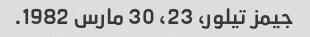
جیمز تیلور، 23، 30 مارس 1982.